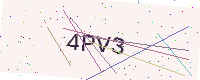
Text: 4PV3